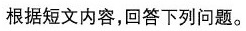
根据短文内容,回答下列问题.